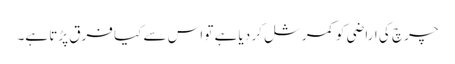
چرچ کی اراضی کو کمرشل کر دیا ہے تو اس سے کیا فرق پڑتا ہے۔